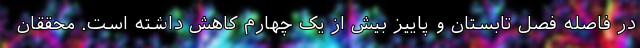
در فاصله فصل تابستان و پاییز بیش از یک چهارم کاهش داشته است. محققان